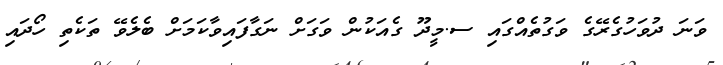
ވަނަ ދުވަހުގެރޭގެ ވަގުތެއްގައި ސ.މީދޫ ގެއަކުން ވަގަށް ނަގާފައިވާކަމަށް ބެލެވޭ ތަކެތި ހޯދައި